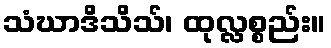
သံဃာဒိသိသ်၊ ထုလ္လစ္စည်း။